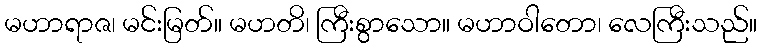
မဟာရာဇ၊ မင်းမြတ်။ မဟတိ၊ ကြီးစွာသော။ မဟာဝါတော၊ လေကြီးသည်။